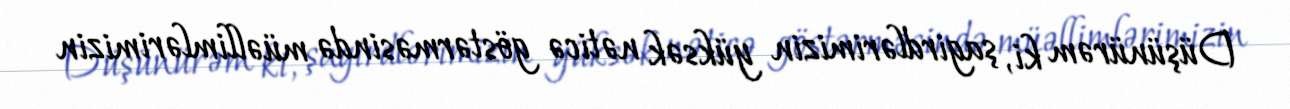
Düşünürəm ki, şagirdlərimizin yüksək nəticə göstərməsində müəllimlərimizin